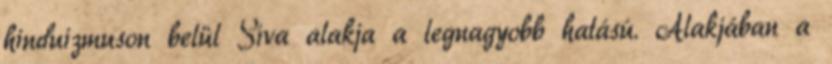
hinduizmuson belül Síva alakja a legnagyobb hatású. Alakjában a